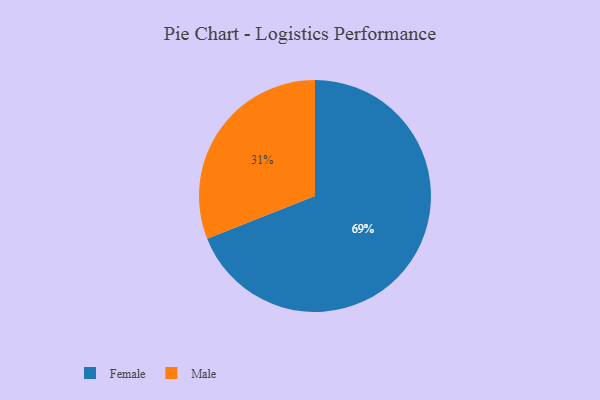
{"axis": {"x": "Category", "y": "Percentage"}, "legend": ["Female", "Male"], "data": [{"x": "Male", "y": 31, "type": "Male"}, {"x": "Female", "y": 69, "type": "Female"}]}